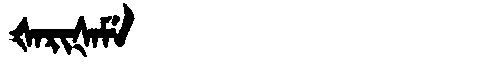
Manchu: ᡧᠠᡵᡳᡧᠠᠮᡝ
Romanization: ŠARIŠAME